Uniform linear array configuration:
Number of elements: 48
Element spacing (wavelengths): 1
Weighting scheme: binomial
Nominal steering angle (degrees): -15
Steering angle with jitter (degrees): -16.832
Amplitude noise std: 0.05
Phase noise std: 0.05

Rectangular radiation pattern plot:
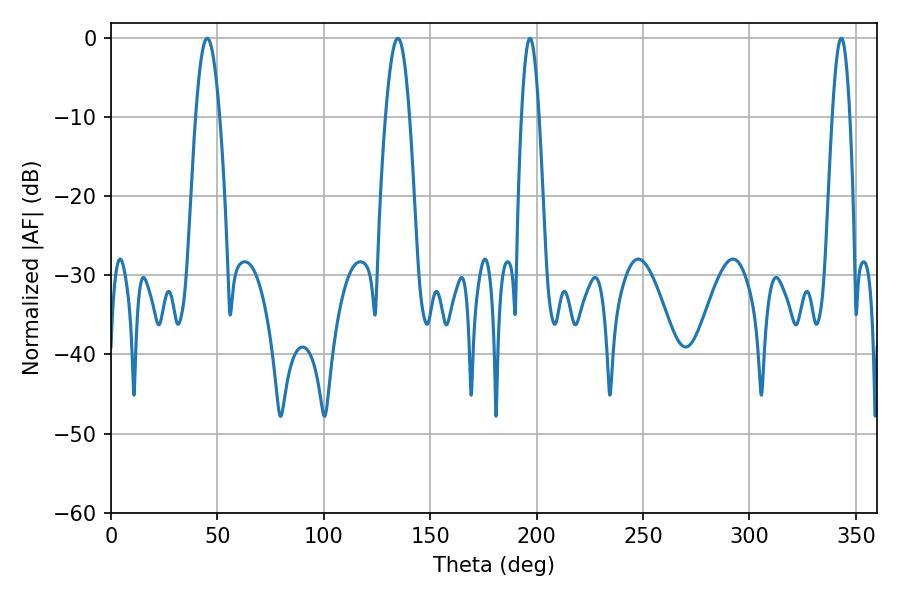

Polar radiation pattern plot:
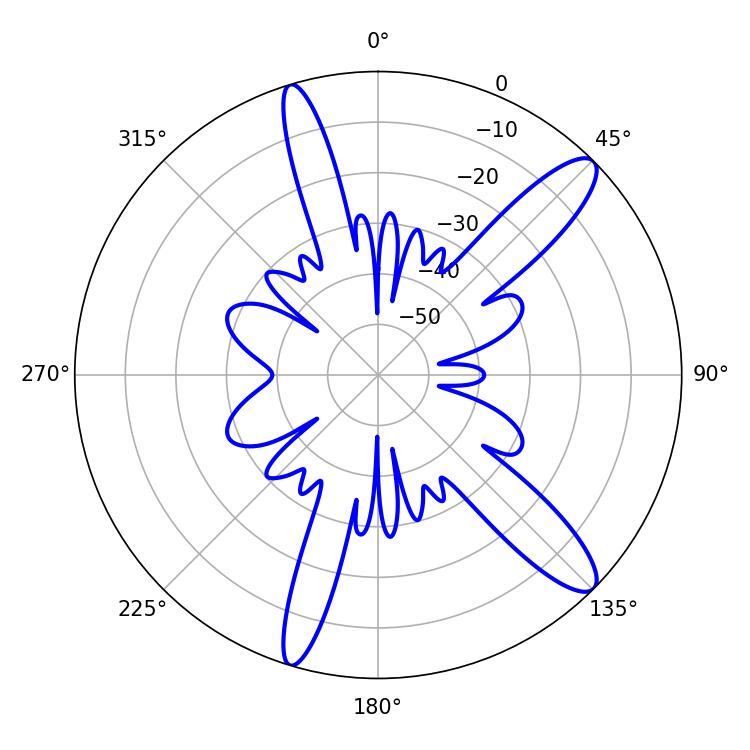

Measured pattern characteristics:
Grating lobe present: TRUE
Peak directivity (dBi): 12.411
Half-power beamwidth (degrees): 5.94
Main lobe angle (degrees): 45.18